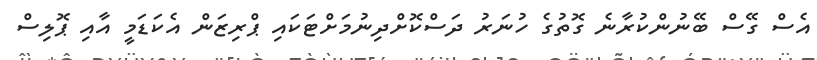
އެސް ގޭސް ބޭނުންކުރާނެ ގޮތުގެ ހުނަރު ދަސްކޮށްދިނުމަށްޓަކައި ޕްރިޒަން އެކަޑަމީ އާއި ޕޮލިސް